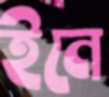
ইনে